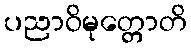
ပညာဝိမုတ္တောတိ